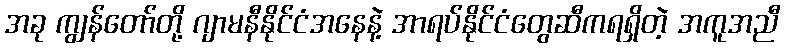
အခု ကျွန်တော်တို့ ဂျာမနီနိုင်ငံအနေနဲ့ အာရပ်နိုင်ငံတွေဆီကရရှိတဲ့ အကူအညီ